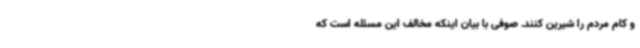
و کام مردم را شیرین کنند. صوفی با بیان اینکه مخالف این مسئله است که